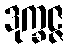
ဒုက္ခဇ္ဇ